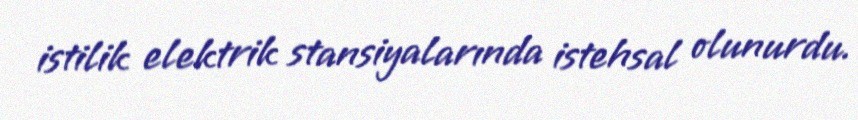
istilik elektrik stansiyalarında istehsal olunurdu.